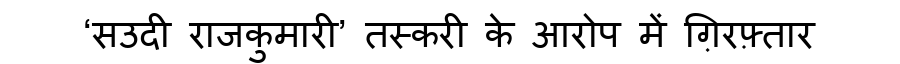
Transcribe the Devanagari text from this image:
‘सउदी राजकुमारी’ तस्करी के आरोप में ग़िरफ़्तार